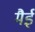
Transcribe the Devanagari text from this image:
मैई